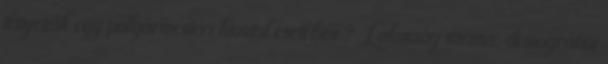
tényezők egy polgármesteri hivatal esetében ? Lakosság száma, demográfiai